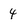
Character: 4